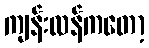
ကျန်းလန်ကတော့